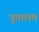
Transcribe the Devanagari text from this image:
पुत्तालम